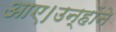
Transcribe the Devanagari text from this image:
आए।उन्होंने